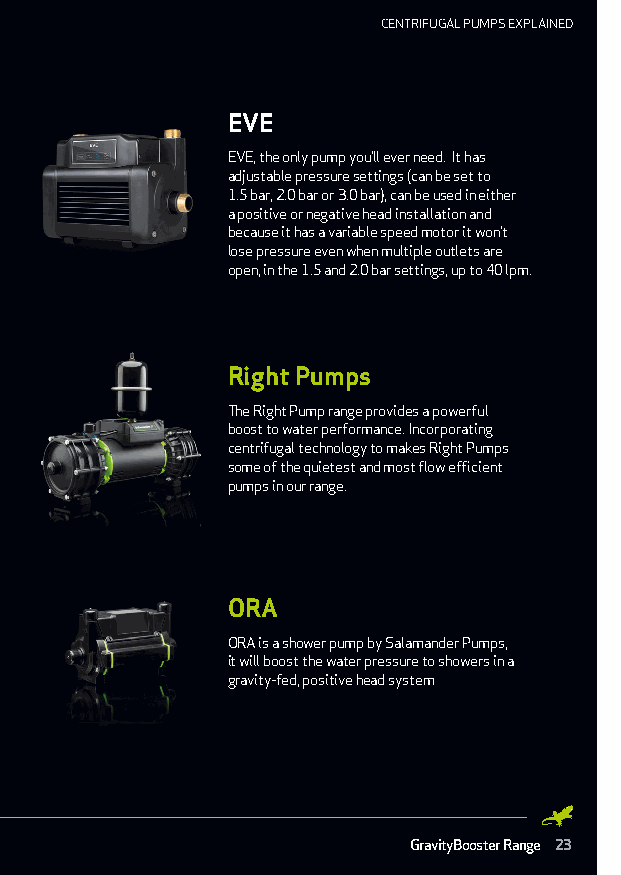
CENTRIFUGAL PUMPS EXPLAINED
 EVE
 EVE, the only pump you’ll ever need. It has
 adjustable pressure settings (can be set to
 1.5 bar, 2.0 bar or 3.0 bar), can be used in either
 a positive or negative head installation and
 because it has a variable speed motor it won’t
 lose pressure even when multiple outlets are
 open, in the 1.5 and 2.0 bar settings, up to 40 lpm.
 Right Pumps
 The Right Pump range provides a powerful
 boost to water performance. Incorporating
 centrifugal technology to makes Right Pumps
 some of the quietest and most flow efficient
 pumps in our range.
 ORA
 ORA is a shower pump by Salamander Pumps,
 it will boost the water pressure to showers in a
 gravity-fed, positive head system
 GravityBooster Range 23